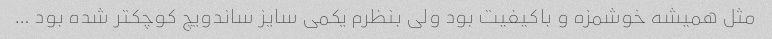
مثل همیشه خوشمزه و باکیفیت بود ولی بنظرم یکمی سایز ساندویچ کوچکتر شده بود …